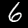
Digit: 6